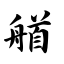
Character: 艏